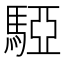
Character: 𩤃